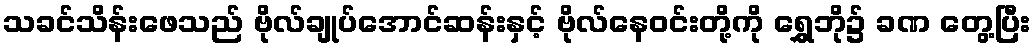
သခင်သိန်းဖေသည် ဗိုလ်ချုပ်အောင်ဆန်းနှင့် ဗိုလ်နေဝင်းတို့ကို ရွှေဘို၌ ခဏ တွေ့ပြီး